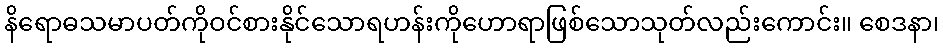
နိရောဓသမာပတ်ကိုဝင်စားနိုင်သောရဟန်းကိုဟောရာဖြစ်သောသုတ်လည်းကောင်း။ စေဒနာ၊